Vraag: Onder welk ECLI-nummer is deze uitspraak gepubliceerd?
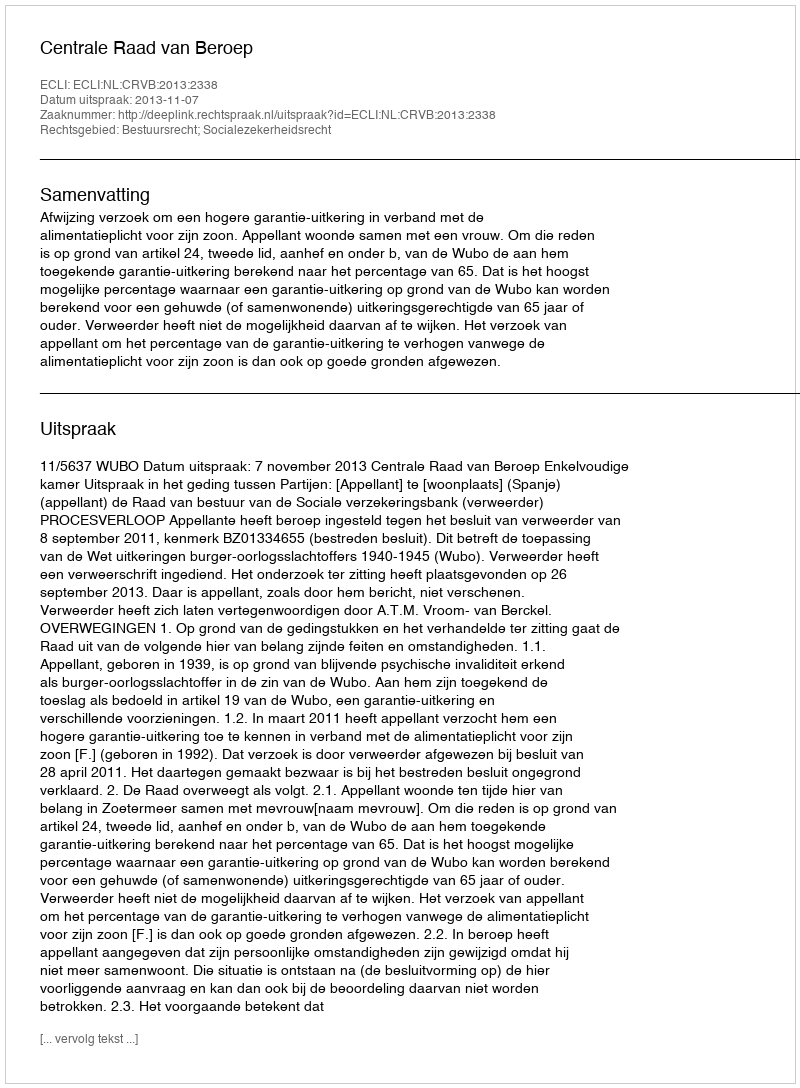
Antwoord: ECLI:NL:CRVB:2013:2338